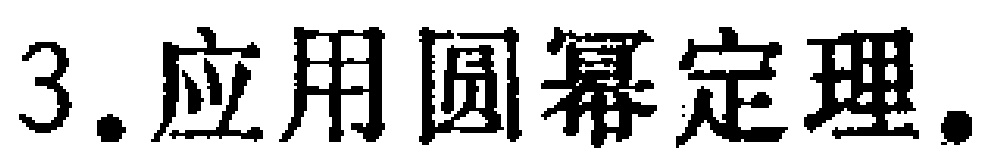
3. 应用圆幂定理.